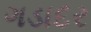
ગડાદર